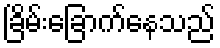
ခြိမ်းခြောက်နေသည်